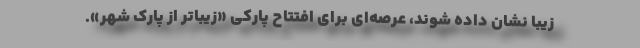
زيبا نشان داده شوند، عرصه‌اي براي افتتاح پاركي «زيباتر از پارك شهر».